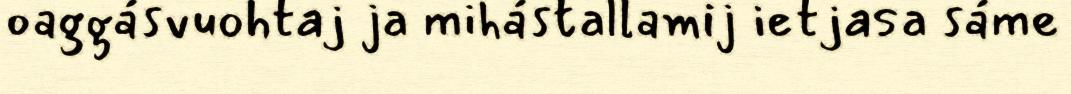
oaggásvuohtaj ja mihástallamij ietjasa sáme